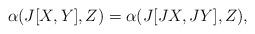
LaTeX: \begin{align*} \alpha(J[X,Y],Z)=\alpha(J[JX,JY],Z), \end{align*}